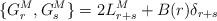
LaTeX: \begin{align*}\{G^M_r,G^M_s\}=2 L_{r+s}^M+B(r)\delta_{r+s}\end{align*}